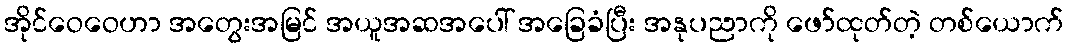
အိုင်ဝေဝေဟာ အတွေးအမြင် အယူအဆအပေါ် အခြေခံပြီး အနုပညာကို ဖော်ထုတ်တဲ့ တစ်ယောက်